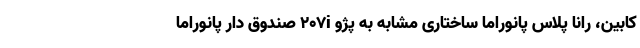
کابین، رانا پلاس پانوراما ساختاری مشابه به پژو ۲۰۷i صندوق دار پانوراما